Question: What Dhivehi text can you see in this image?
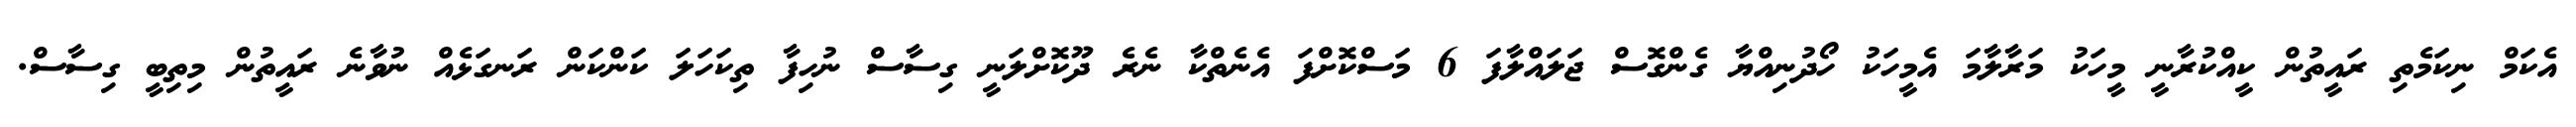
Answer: އެކަމް ނިކަމެތި ރައީތުން ކީއްކުރާނީ މީހަކު މަރާލާމަ އެމީހަކު ހޯދުނިއްޔާ ގެންގޮސް ޖަލައްލާފަ 6 މަސްކޮށްފަ އެނެތްކާ ނެރެ ދޫކޮށްލަނީ ގިސާސް ނުހިފާ ތިކަހަލަ ކަންކަން ރަނގަޅެއް ނުވާނެ ރައީތުން މިތިބީ ގިސާސް.